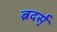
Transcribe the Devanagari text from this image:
ब्रदर्स्